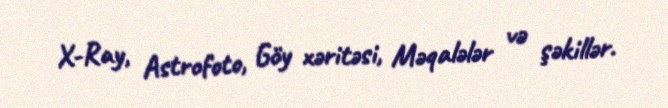
X-Ray, Astrofoto, Göy xəritəsi, Məqalələr və şəkillər.